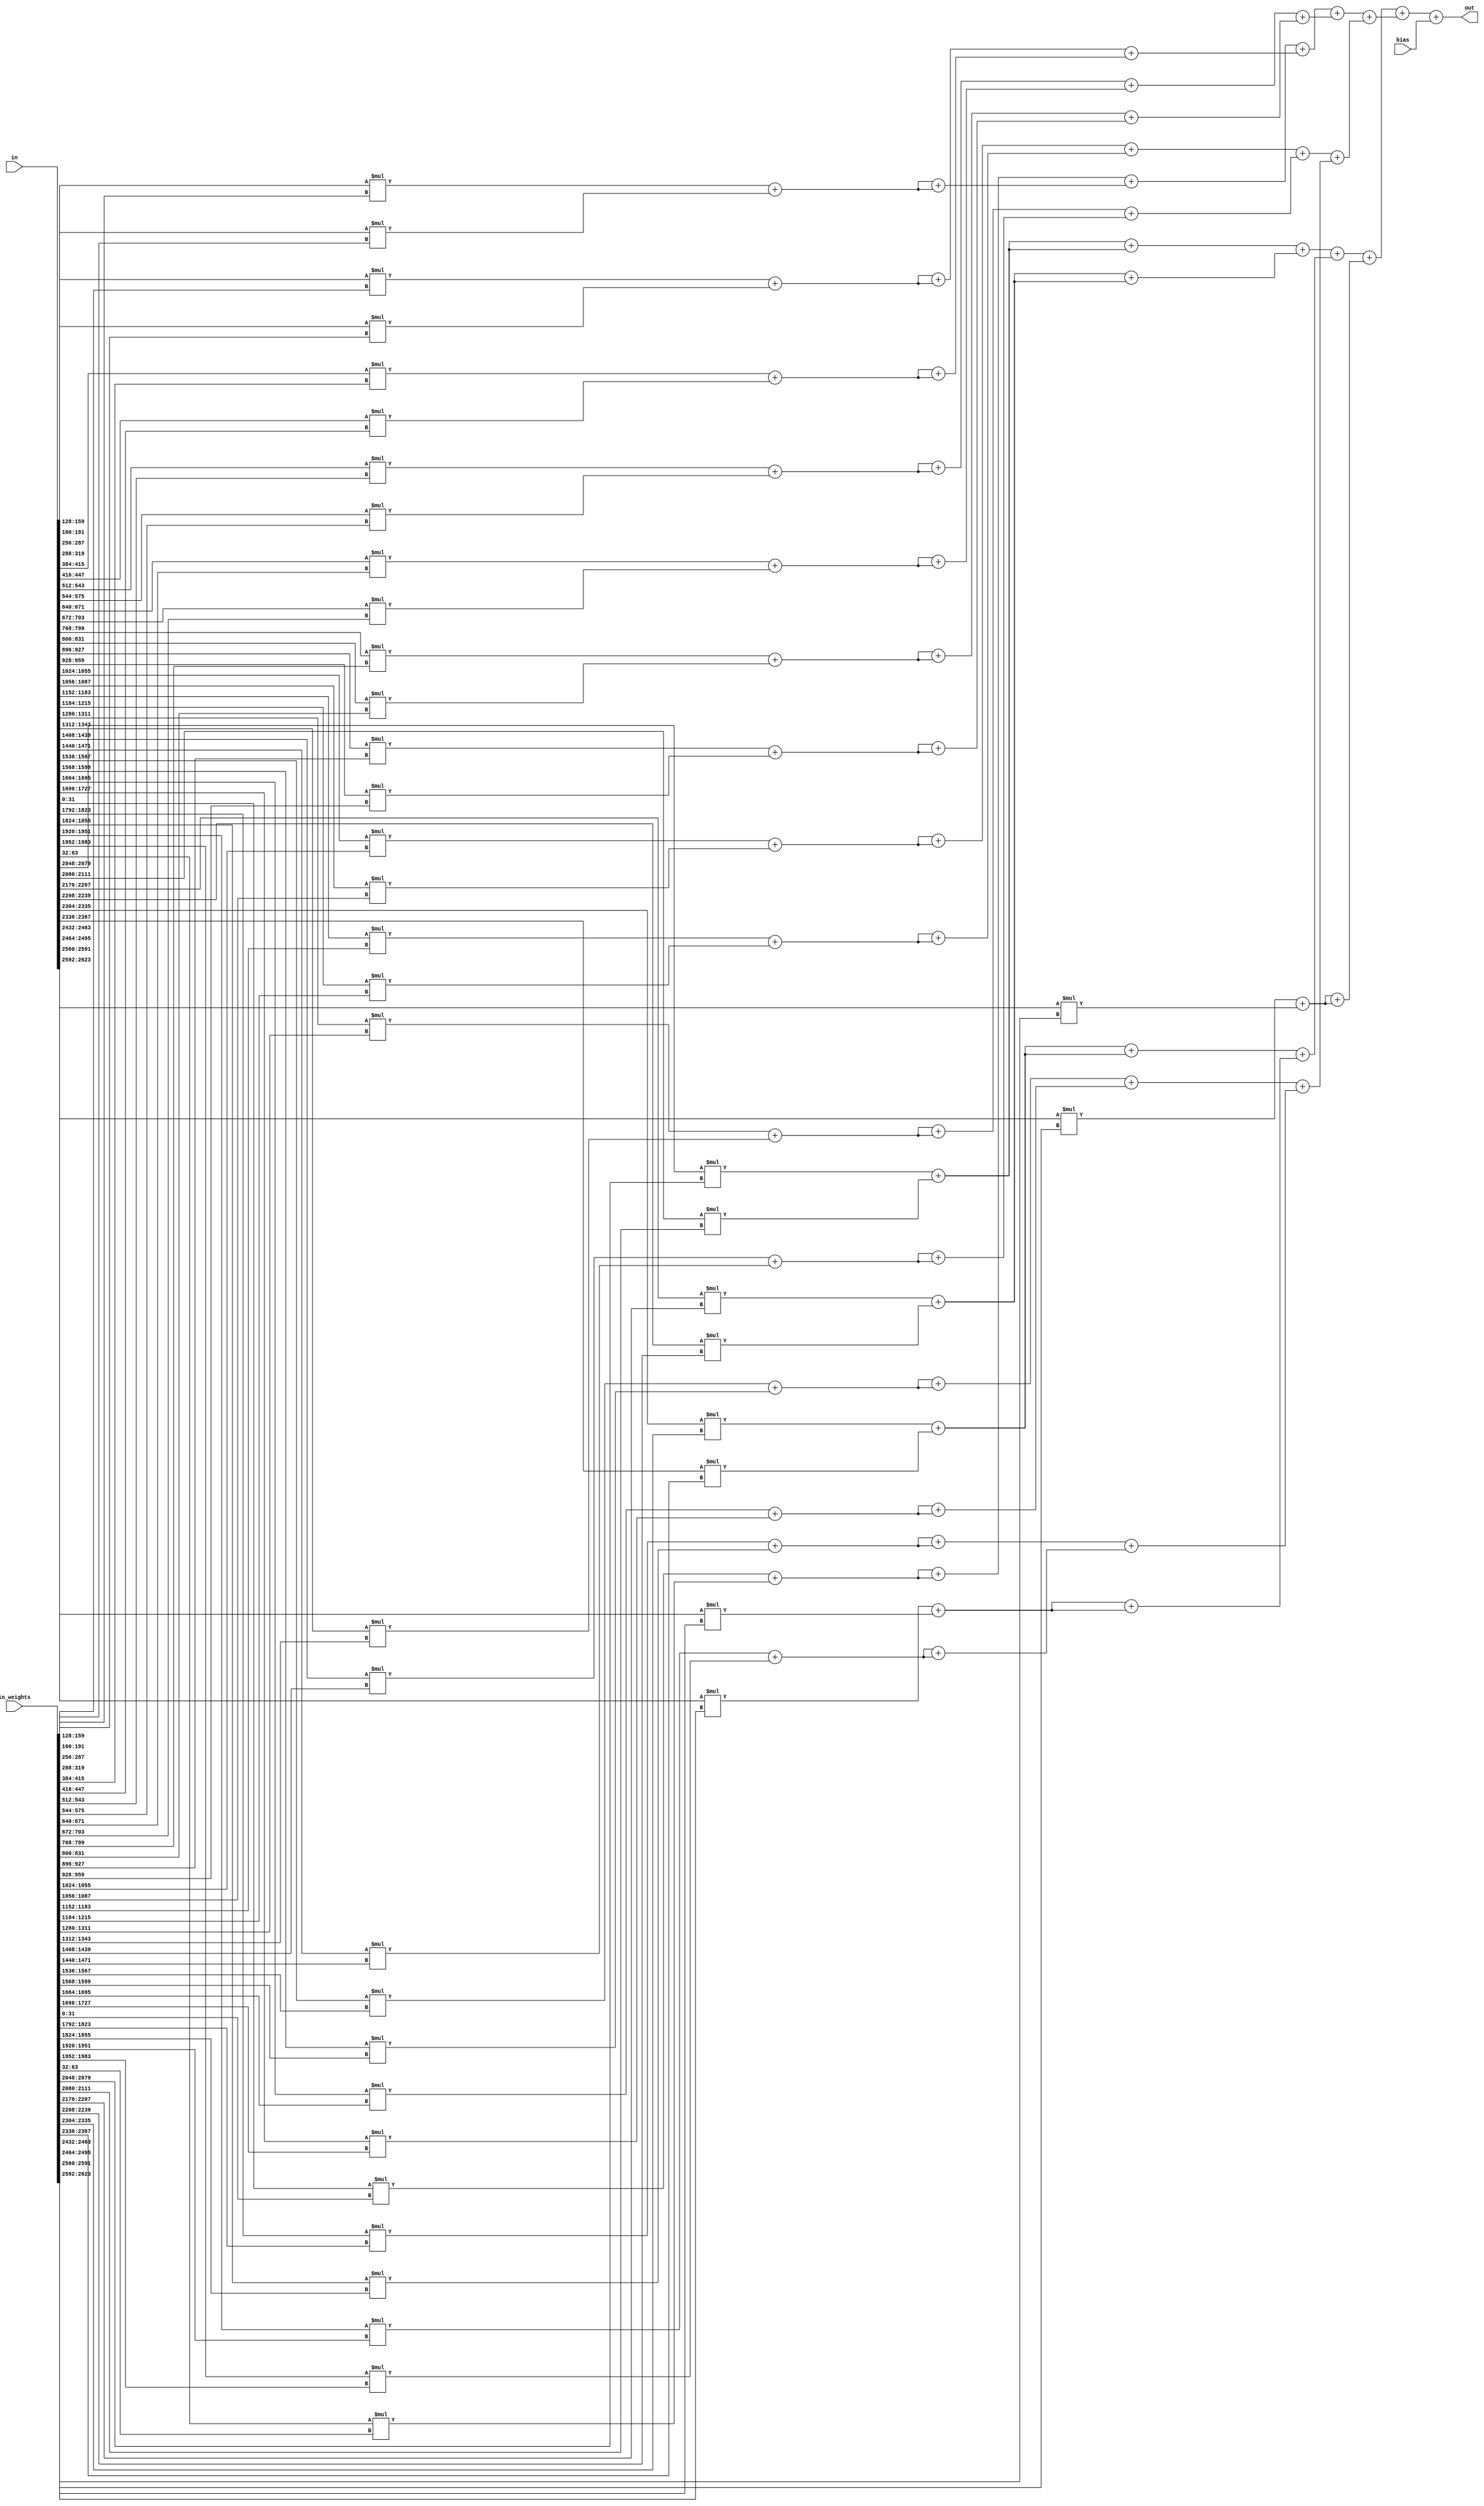
// 84 inputs
module fc_84 #(parameter BIT_WIDTH = 32, OUT_WIDTH = 64) (
		input signed[BIT_WIDTH*84-1:0] in,
		input signed[BIT_WIDTH*84-1:0] in_weights,
		input signed[BIT_WIDTH-1:0] bias,
		output signed[OUT_WIDTH-1:0] out	// size should increase to hold the sum of products
);

// convert flattened input vector into array
wire signed[BIT_WIDTH-1:0] inputs_arr[0:83];
wire signed[BIT_WIDTH-1:0] weights[0:83];
genvar i;
generate
	for (i = 0; i < 84; i = i+1) begin : genbit
		assign inputs_arr[i] = in[BIT_WIDTH*(i+1)-1:BIT_WIDTH*i];
		assign weights[i] = in_weights[BIT_WIDTH*(i+1)-1:BIT_WIDTH*i];
	end
endgenerate

// multiplications
wire signed[OUT_WIDTH-1:0] mult[0:83];
generate
	for (i = 0; i < 84; i = i+1) begin : mult_84	// each input
		assign mult[i] = inputs_arr[i] * weights[i];
	end
endgenerate

// adder tree
wire signed[OUT_WIDTH-1:0] sums[0:81];	// 84-2 intermediate sums
genvar x;
generate
	// sums[0] to sums[41]
	for (x = 0; x < 42; x = x+1) begin : addertree_nodes0
		assign sums[x] = mult[x*2] + mult[x*2+1];
	end
	// sums[42] to sums[62]
	for (x = 0; x < 21; x = x+1) begin : addertree_nodes1
		assign sums[x+42] = sums[x*2] + sums[x*2];
	end
	// sums[63] to sums[72]
	for (x = 0; x < 10; x = x+1) begin : addertree_nodes2
		assign sums[x+63] = sums[x*2+42] + sums[x*2+43];
	end
	// sums[73] to sums[77]
	for (x = 0; x < 5; x = x+1) begin : addertree_nodes3
		assign sums[x+73] = sums[x*2+63] + sums[x*2+64];
	end
	// sums[78] to sums[79]
	for (x = 0; x < 2; x = x+1) begin : addertree_nodes4
		assign sums[x+78] = sums[x*2+73] + sums[x*2+74];
	end
	// sums[80] = sums[77] + sums[62]
	assign sums[80] = sums[77] + sums[62];
	// sums[81] = sums[78] + sums[79]
	assign sums[81] = sums[78] + sums[79];
endgenerate

// final sum
assign out = sums[80] + sums[81] + bias;

endmodule